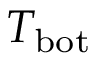
T _ { \mathrm { b o t } }